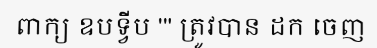
ពាក្យ ឧបទ្វីប ''' ត្រូវបាន ដក ចេញ